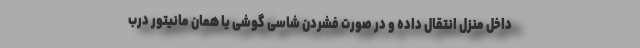
داخل منزل انتقال داده و در صورت فشردن شاسی گوشی یا همان مانیتور درب